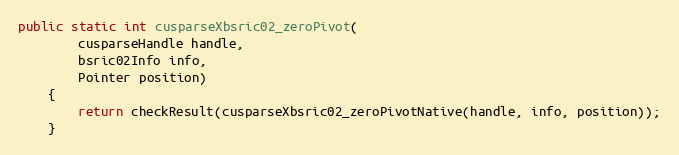
Language: Java
public static int cusparseXbsric02_zeroPivot(
        cusparseHandle handle,
        bsric02Info info,
        Pointer position)
    {
        return checkResult(cusparseXbsric02_zeroPivotNative(handle, info, position));
    }